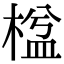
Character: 𣕆